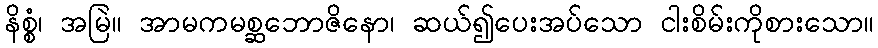
နိစ္စံ၊ အမြဲ။ အာမကမစ္ဆဘောဇိနော၊ ဆယ်၍ပေးအပ်သော ငါးစိမ်းကိုစားသော။